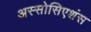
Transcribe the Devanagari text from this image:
अस्सोसिएशंस